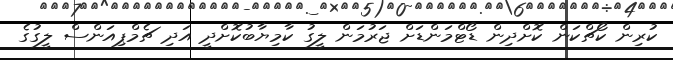
ކުރިން ކޯޗްކަން ކޮށްދިން ޑޯޓްމަންޑަށް ޖަރުމަން ލީގު ކާމިޔާބުކޮށްދީ އަދި ޗެމްޕިއަންސް ލީގުގެ